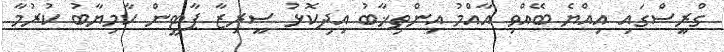
ގްރީސްގައި އިއްޔެ ބޭއްވި އާއްމު އިންތިޚާބު އިދިކޮޅު ސީރިޒާ ޕާޓީން ކާމިޔާބު ކުރުމާ